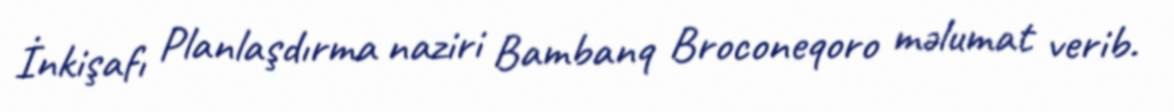
İnkişafı Planlaşdırma naziri Bambanq Broconeqoro məlumat verib.